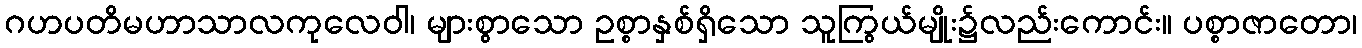
ဂဟပတိမဟာသာလကုလေဝါ၊ များစွာသော ဥစ္စာနှစ်ရှိသော သူကြွယ်မျိုး၌လည်းကောင်း။ ပစ္စာဇာတော၊